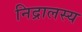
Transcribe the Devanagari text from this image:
निद्रालस्य